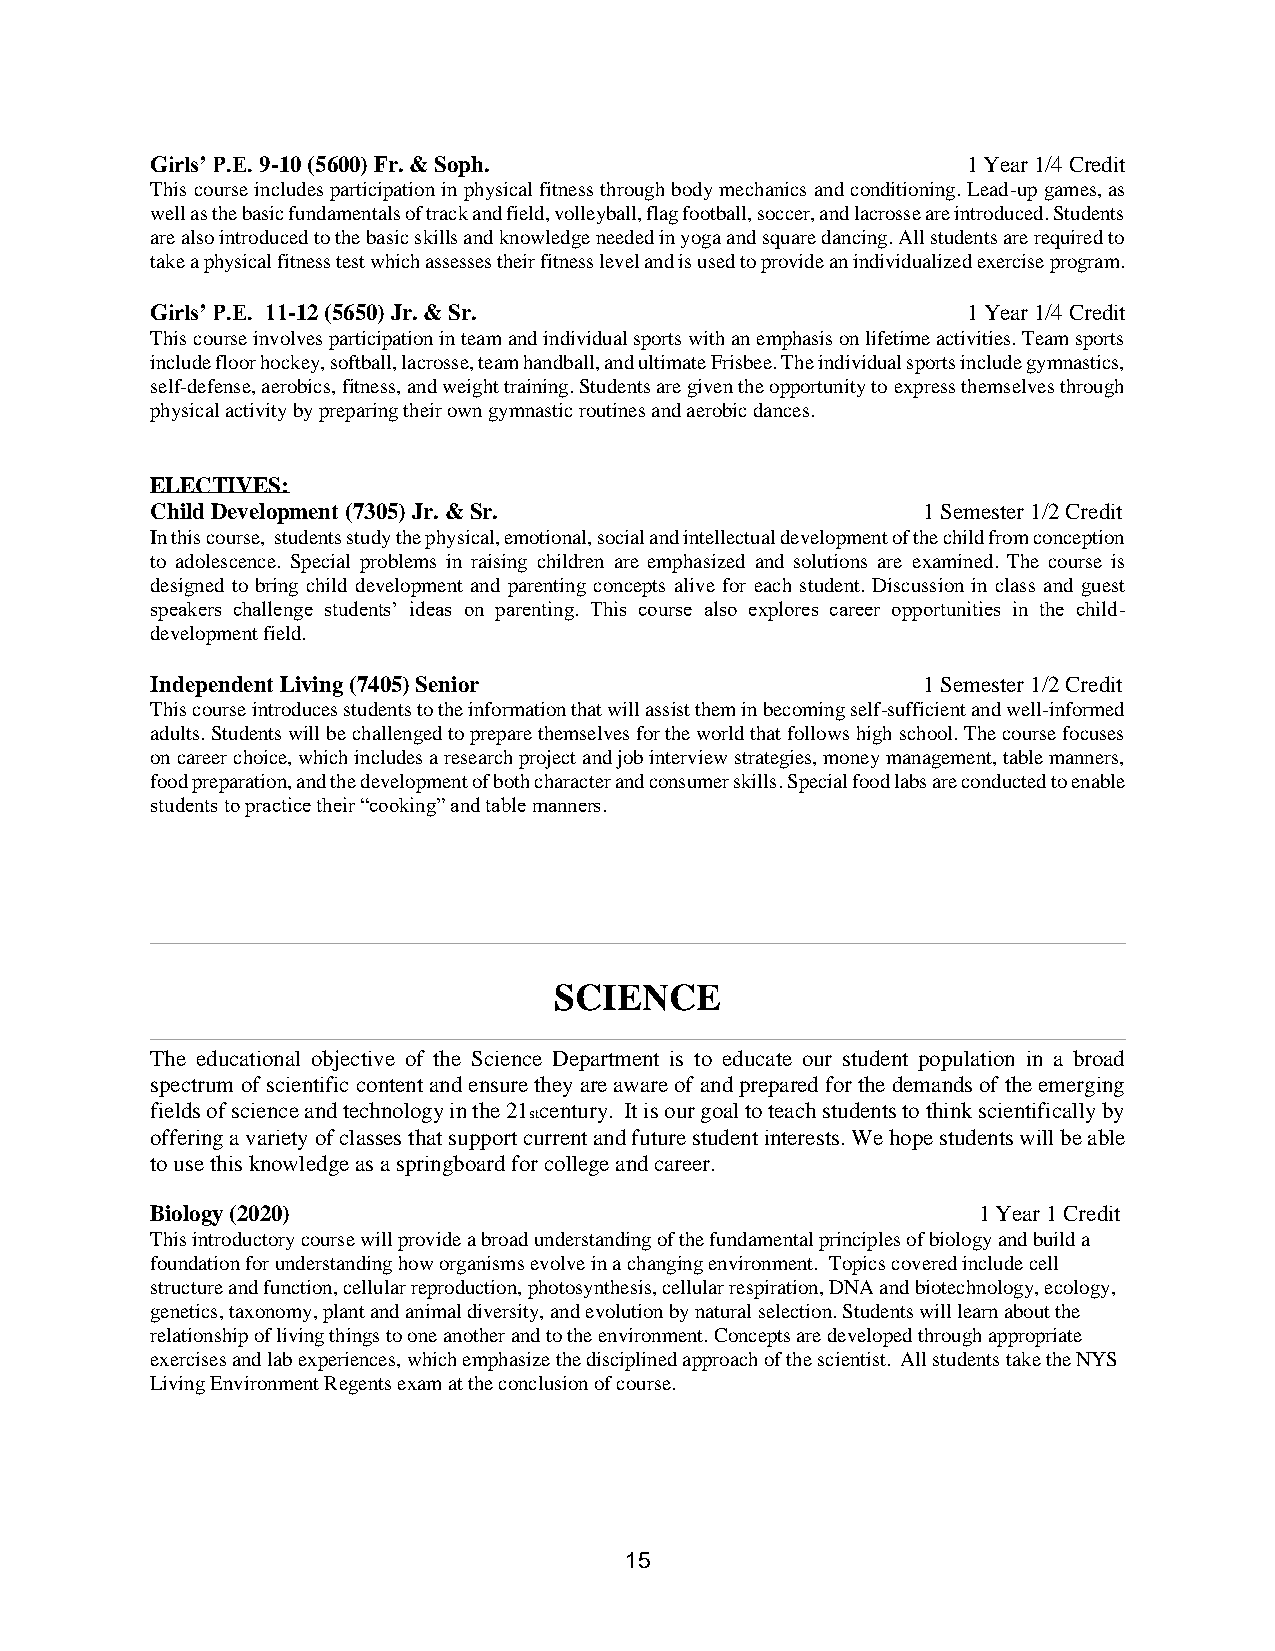
Girls’ P.E. 9-10 (5600) Fr. & Soph.                   1 Year 1/4 Credit
 This course includes participation in physical fitness through body mechanics and conditioning. Lead-up games, as
 well as the basic fundamentals of track and field, volleyball, flag football, soccer, and lacrosse are introduced. Students
 are also introduced to the basic skills and knowledge needed in yoga and square dancing. All students are required to
 take a physical fitness test which assesses their fitness level and is used to provide an individualized exercise program.
 Girls’ P.E. 11-12 (5650) Jr. & Sr.                    1 Year 1/4 Credit
 This course involves participation in team and individual sports with an emphasis on lifetime activities. Team sports
 include floor hockey, softball, lacrosse, team handball, and ultimate Frisbee. The individual sports include gymnastics,
 self-defense, aerobics, fitness, and weight training. Students are given the opportunity to express themselves through
 physical activity by preparing their own gymnastic routines and aerobic dances.
 ELECTIVES:
 Child Development (7305) Jr. & Sr.                 1 Semester 1/2 Credit
 In this course, students study the physical, emotional, social and intellectual development of the child from conception
 to adolescence. Special problems in raising children are emphasized and solutions are examined. The course is
 designed to bring child development and parenting concepts alive for each student. Discussion in class and guest
 speakers challenge students’ ideas on parenting. This course also explores career opportunities in the child-
 development field.
 Independent Living (7405) Senior                   1 Semester 1/2 Credit
 This course introduces students to the information that will assist them in becoming self-sufficient and well-informed
 adults. Students will be challenged to prepare themselves for the world that follows high school. The course focuses
 on career choice, which includes a research project and job interview strategies, money management, table manners,
 food preparation, and the development of both character and consumer skills. Special food labs are conducted to enable
 students to practice their “cooking” and table manners.
 SCIENCE
 The educational objective of the Science Department is to educate our student population in a broad
 spectrum of scientific content and ensure they are aware of and prepared for the demands of the emerging
 fields of science and technology in the 21 century. It is our goal to teach students to think scientifically by
 st
 offering a variety of classes that support current and future student interests. We hope students will be able
 to use this knowledge as a springboard for college and career.
 Biology (2020)                                         1 Year 1 Credit
 This introductory course will provide a broad understanding of the fundamental principles of biology and build a
 foundation for understanding how organisms evolve in a changing environment. Topics covered include cell
 structure and function, cellular reproduction, photosynthesis, cellular respiration, DNA and biotechnology, ecology,
 genetics, taxonomy, plant and animal diversity, and evolution by natural selection. Students will learn about the
 relationship of living things to one another and to the environment. Concepts are developed through appropriate
 exercises and lab experiences, which emphasize the disciplined approach of the scientist. All students take the NYS
 Living Environment Regents exam at the conclusion of course.
 15